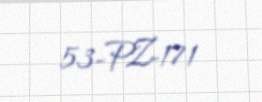
53-PZ-171